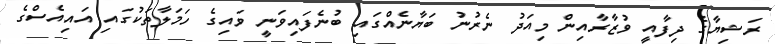
ރަޝިޔާގެ ދިފާއީ ވުޒާރާއިން މިއަދު ނެރުނު ބަޔާނެއްގައި ބުނެފައިވަނީ ވައިގެ ހަމަލާތަކުގައި އައިއެސްގެ